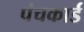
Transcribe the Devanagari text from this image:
पंचकार्ड